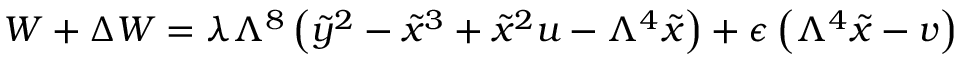
{ \cal W } + \Delta { \cal W } = \lambda \Lambda ^ { 8 } \left( \tilde { y } ^ { 2 } - \tilde { x } ^ { 3 } + \tilde { x } ^ { 2 } u - \Lambda ^ { 4 } \tilde { x } \right) + \epsilon \left( \Lambda ^ { 4 } \tilde { x } - v \right)